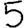
Digit: 5